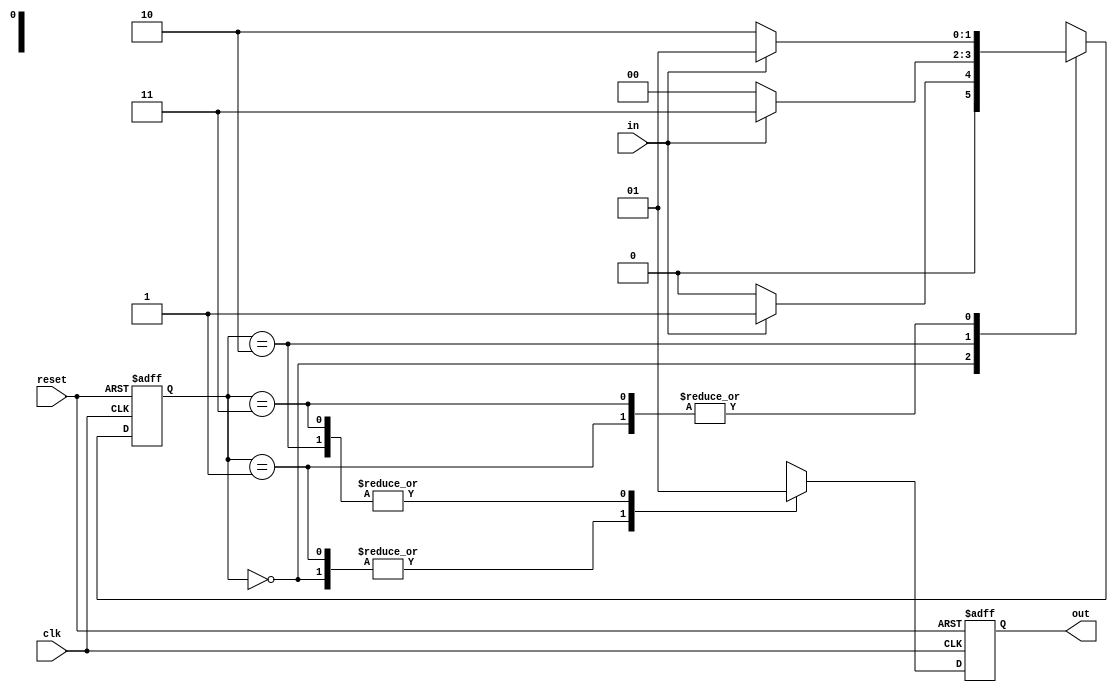
`timescale 1ns/1ps
module ask3 (output reg out, input wire clk, reset, in);
    reg [1:0]state;
    parameter A=2'b00, B=2'b01, C=2'b10, D=2'b11;
    always @(posedge clk or negedge reset)
        if(reset==1'b0)
            begin
            state=A;
            out=0;
            end
        else
            begin
            case (state)
            A:
                begin
                    out=0;
                    if(in==1) state=B;
                    else state=A;
                end
            B:
                begin
                    out=0;
                    if(in==0) state=C;
                    else state=B;
                end
            C:
                begin
                    out=1;
                    if(in==1) state=D;
                    else state=A;
                end
            D:
                begin
                    out=1;
                    if(in==0) state=C;
                    else state=B;
                end
            default: state=A;
            endcase
        end
endmodule